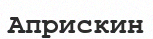
Априскин